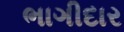
ભાગીદાર